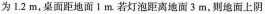
为1.2m，桌面距地面1m.若灯泡距离地面3m，则地面上阴